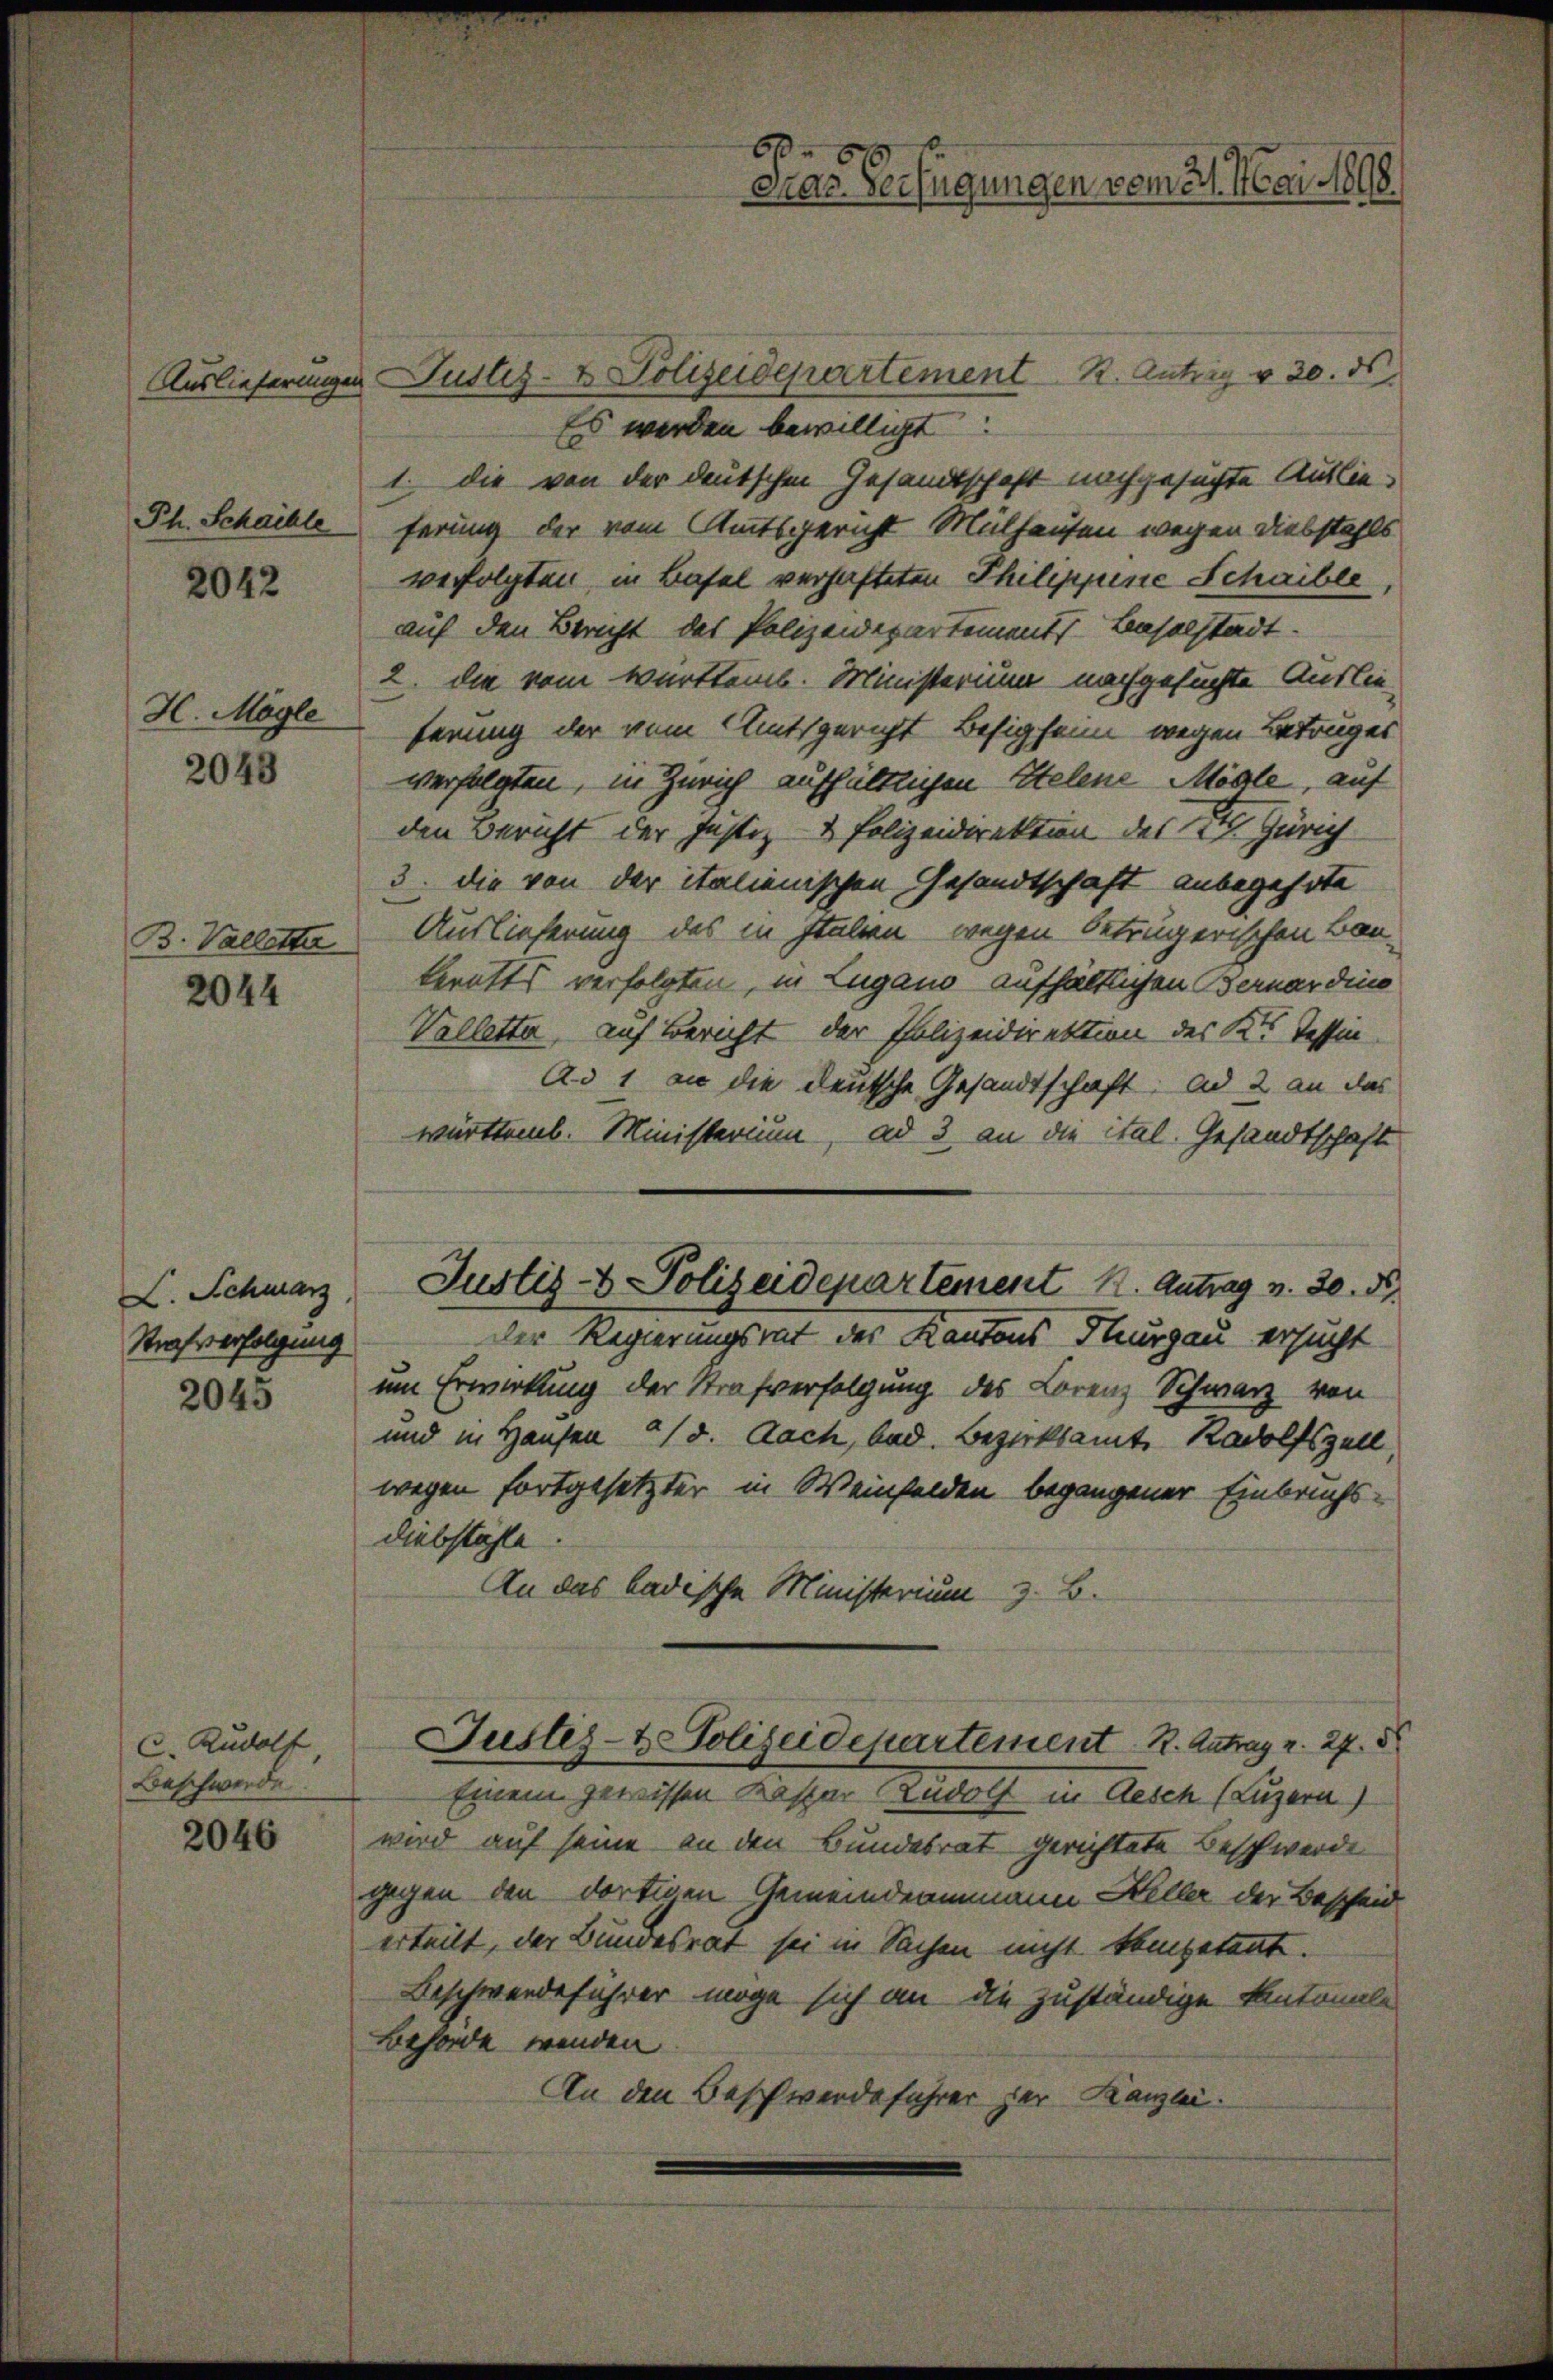
Ph. Schachle

2042

H. Mögle

2043

B. Valletter

2044

V. Schwarz
Strafverfolgung

2045

C. Rudolf,
Beschwerde

2046

Auslieferungen Justiz- & Polizeidepartement K. Antrig v. 30. ds.
Es werden bewilligt:
1. die von der deutschen Gesandtschaft nachgesuchte Auslieferung der vom Amtsgericht Mülhausen wegen Diebstahls
verfolgten in Basel verhafteten Philippinie Schaible
auf den Bericht des Polizeidepartements Baselstadt.
2. die vom württemb. Ministerium nachgesuchte Auslie-
ferung der vom Amtsgericht Besigheim wegen Betruges
verfolgten, in Zürich aufhältlichen Stelene Mögle, auf
den Bericht der Justiz & Polizeidirektion des I. Zürich
3. die von der italienischen Gesandtschaft anbegehrte
Auslieferung des in Italien wegen betrügerischen Bau-
keritts verfolgten, in Lugano aufhältlichen Bernardino
Valletta, auf Bericht der Polizeidirektion des Kt. Tessin
Ad 1 an die deutsche Gesandtschaft: Ad 2 an das
württemb. Ministerium, ad 3 an die ital. Gesandtschaft
Justiz- & Polizeidepartement K. Antrag v. 30. N
Der Regierungsrat des Kantons Thurgau ersucht
um Erwirkung der Strafverfolgung des Lorenz Schwarz von
und in Hausen a/d. Aach, bad. Bezirksamt Radolfszell,
wegen fortgesetzter in Weinfelden begangener Einbruchs-
diebstähle.
An das badische Ministerium z. B.
Justiz- & Polizeidepartement R. Antrag v. 27. 8
Einem gewissen Kasparudolf in Aesch (Luzern)
wird auf seine an den Bundesrat gerichtete Beschwerde
gegen den dortigen Gemeindeammann Heller der Bescheid
erteilt, der Bundesrat sei in Sachen nicht kompetent.
Beschwerdeführer möge sich an die zuständige Kantonale
Behörde wenden.
An den Beschwerdeführer der Kanzlei.

6 610
Pras. Verfügungen vom 21. Mai 1898.